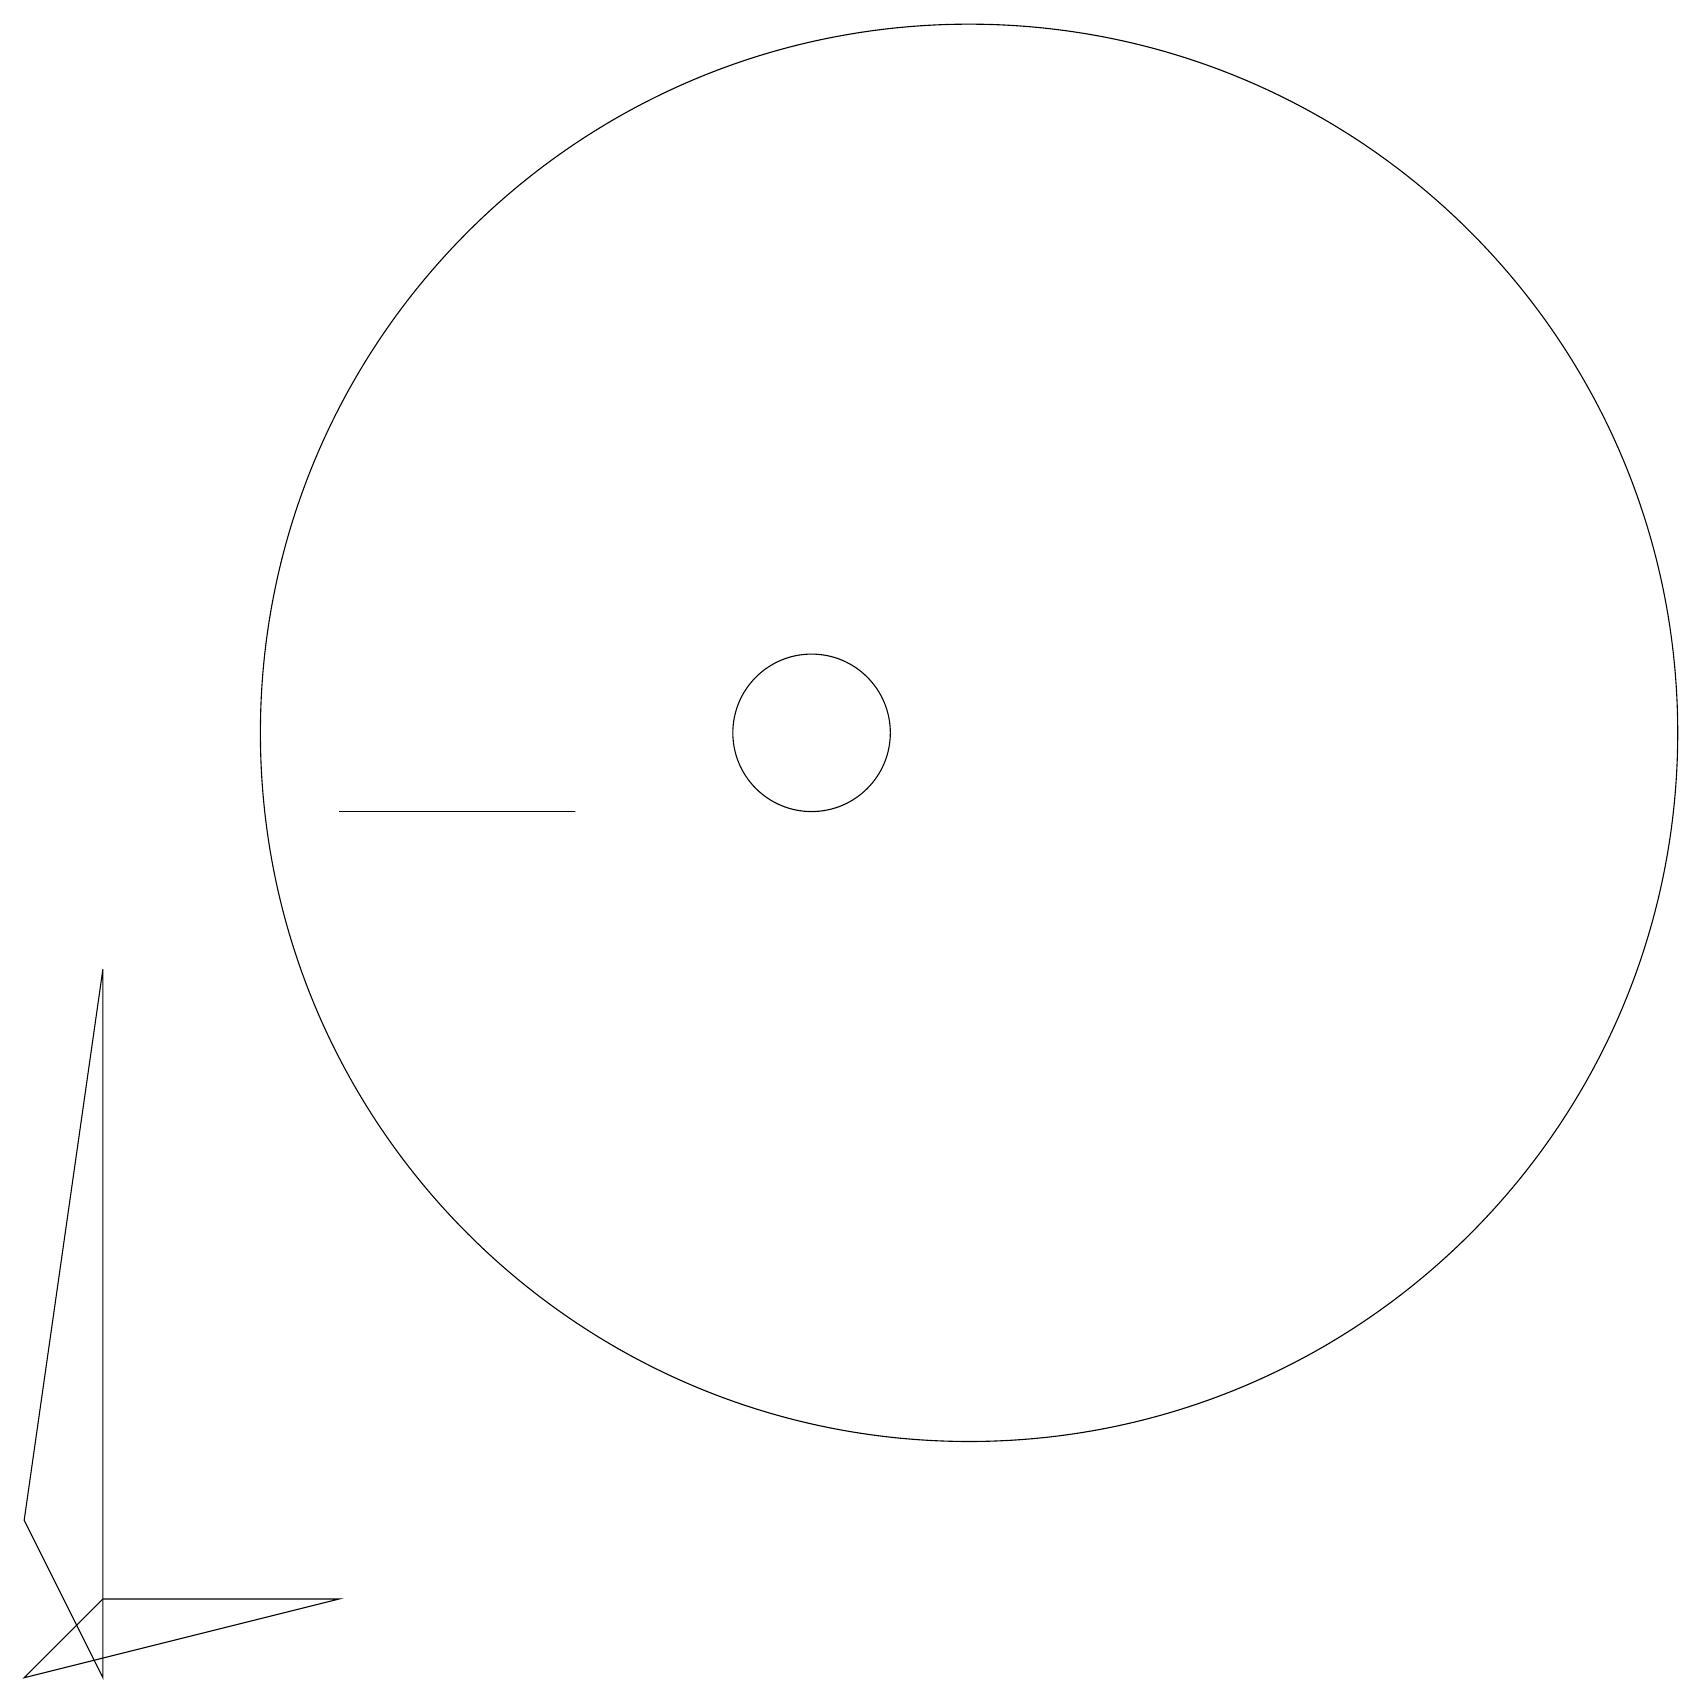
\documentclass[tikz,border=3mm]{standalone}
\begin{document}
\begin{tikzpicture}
\draw (12,12) circle (9);
\draw (1,0) -- (1,9) -- (0,2) -- cycle;
\draw (10,12) circle (1);
\draw (4,1) -- (0,0) -- (1,1) -- cycle;
\draw (4,11) rectangle (7,11);
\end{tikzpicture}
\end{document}